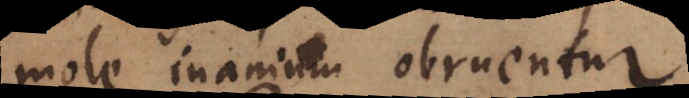
mole inanium obruentur